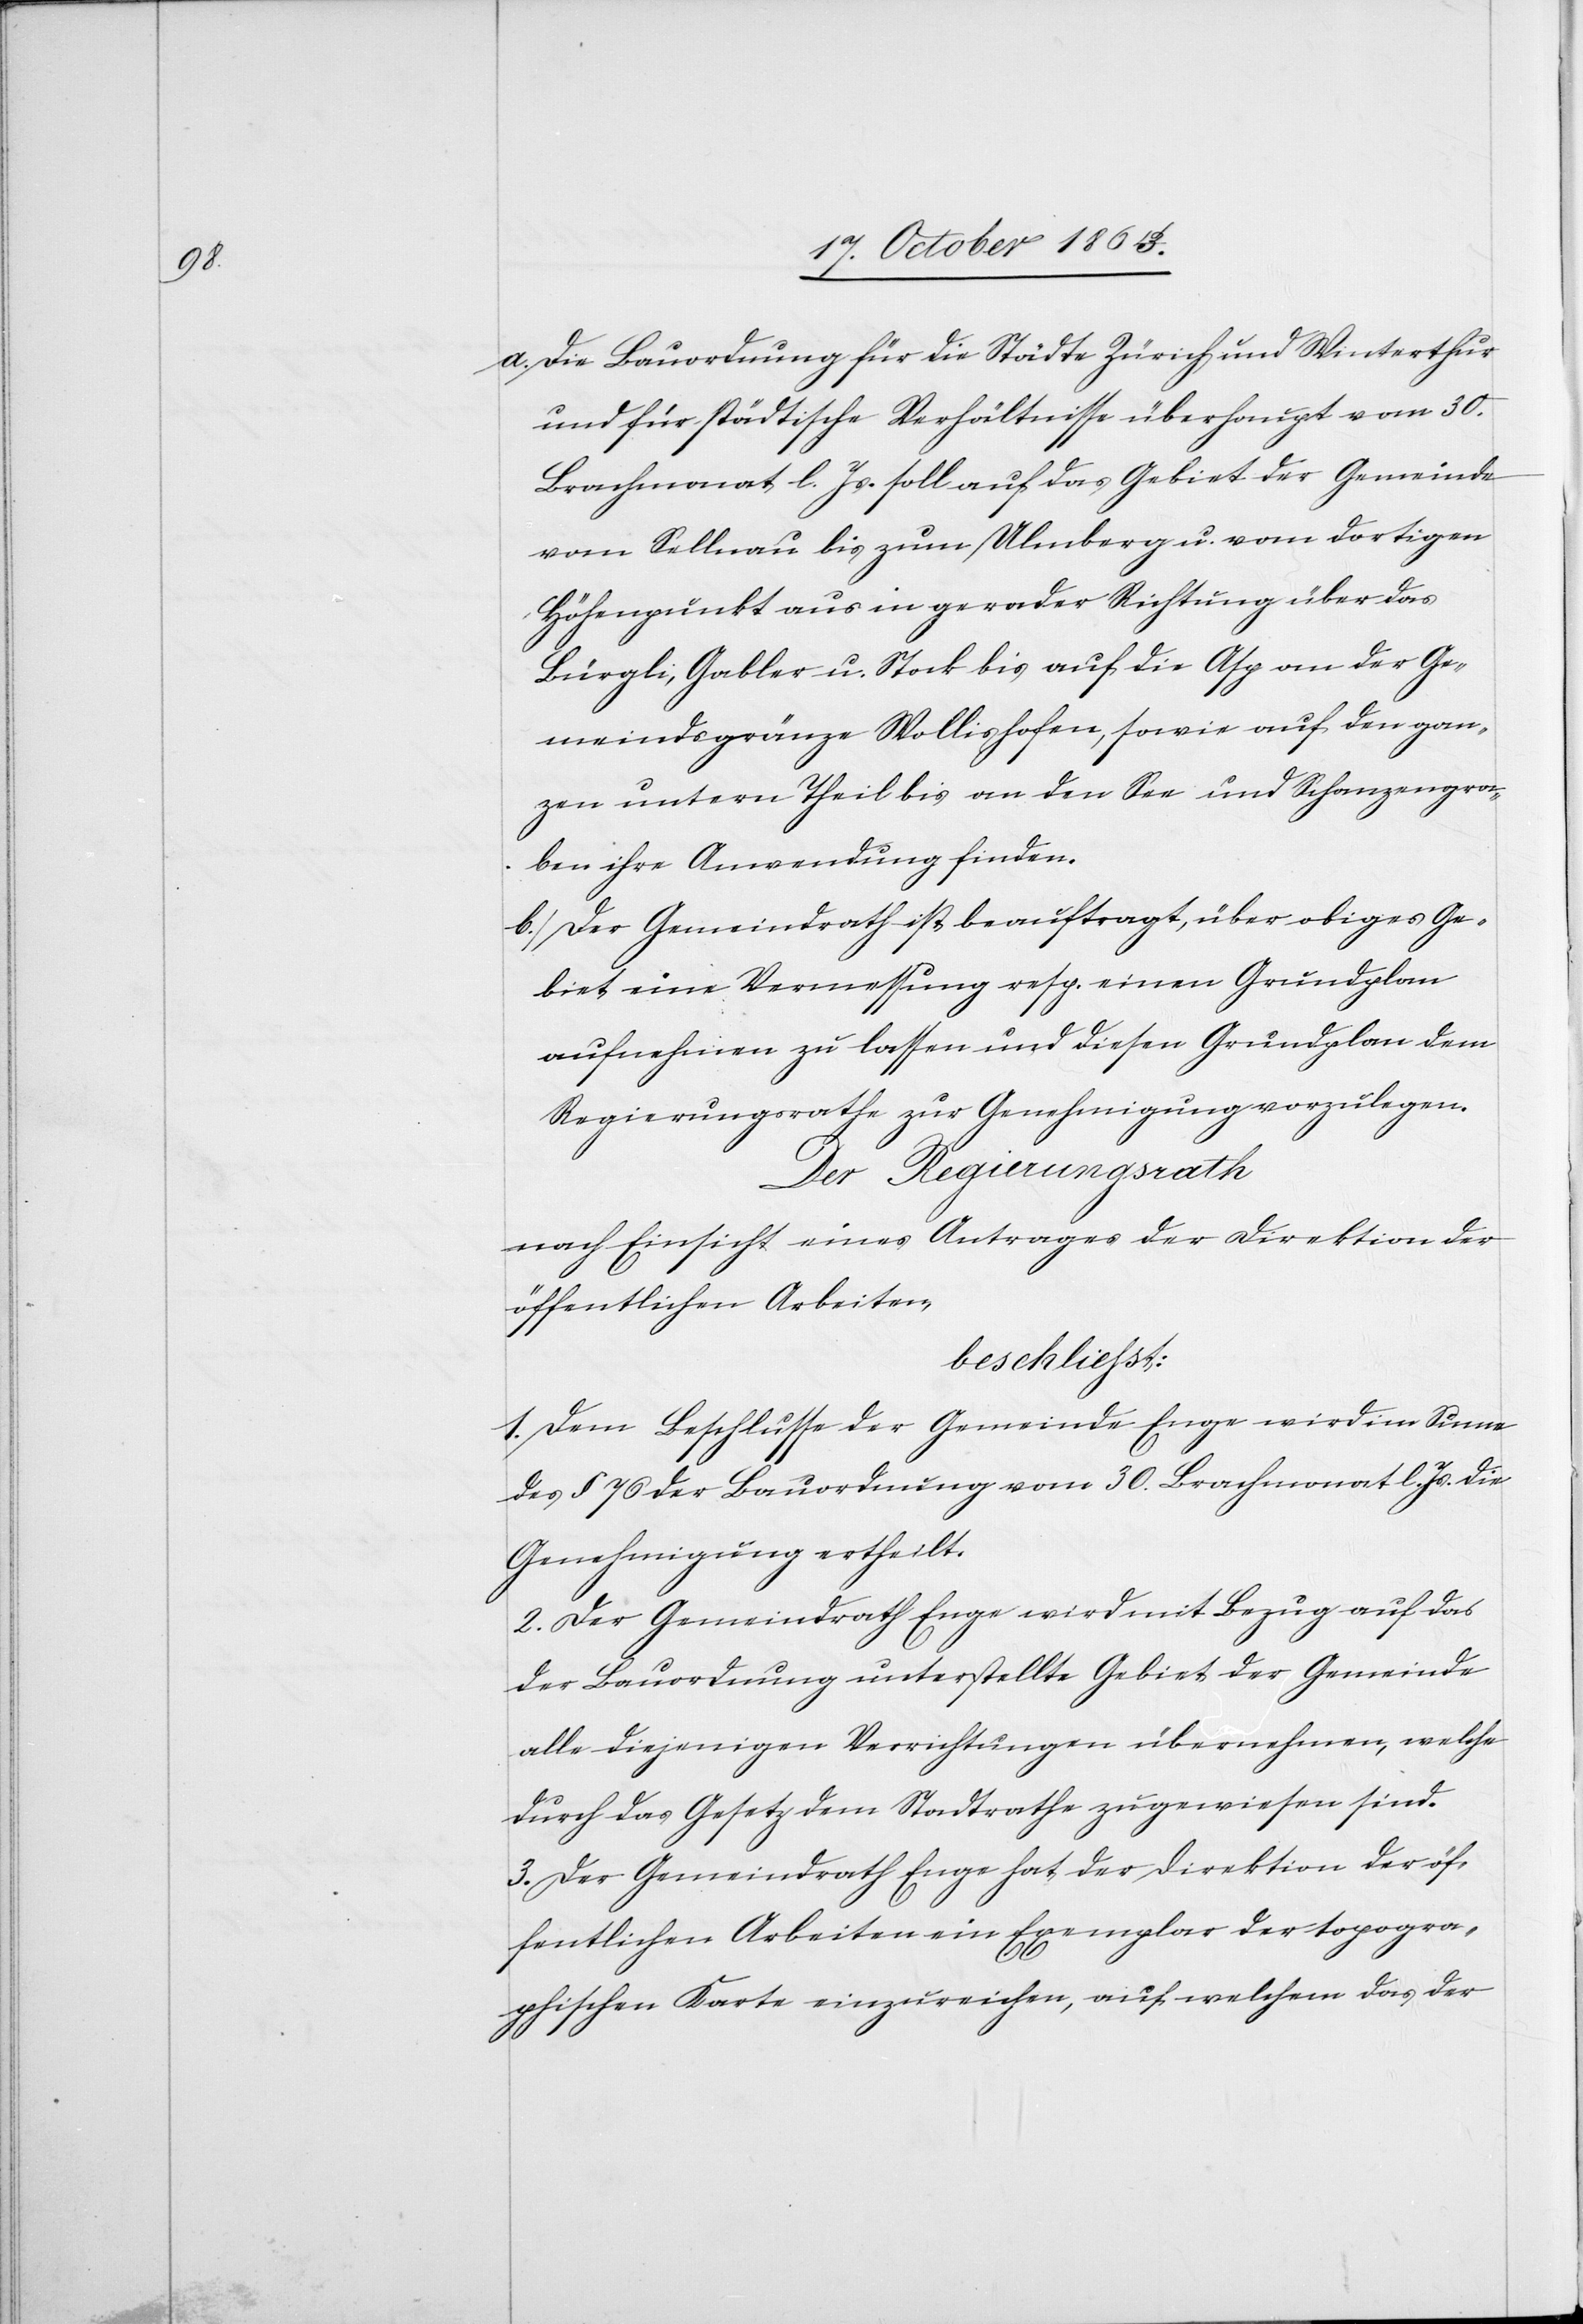
a. Die Bauordnung für die Städte Zürich und Winterthur
und für städtische Verhältnisse überhaupt vom 30.
Brachmonat l. Js. soll auf das Gebiet der Gemeinde
vom Sellnau bis zum Ulmberg u. vom dortigen
Höhenpunkt aus in gerader Richtung über das
Bürgli, Gabler u. Stock bis auf die Asp an der Ge¬
meindsgränze Wollishofen, sowie auf den gan¬
zen untern Theil bis an den See und Schanzengra¬
ben ihre Anwendung finden.
b. Der Gemeindrath ist beauftragt, über obiges Ge¬
biet eine Vermessung resp. einen Grundplan
aufnehmen zu lassen und diesen Grundplan dem
Regierungsrathe zur Genehmigung vorzulegen.
Der Regierungsrath
nach Einsicht eines Antrages der Direktion der
öffentlichen Arbeiten,
beschließt:
1. Dem Beschlusse der Gemeinde Enge wird im Sinne
des § 76 der Bauordnung vom 30. Brachmonat l. Js. die
Genehmigung ertheilt.
2. Der Gemeindrath Enge wird mit Bezug auf das
der Bauordnung unterstellte Gebiet der Gemeinde
alle diejenigen Verrichtungen übernehmen, welche
durch das Gesetz dem Stadtrathe zugewiesen sind.
3. Der Gemeindrath Enge hat der Direktion der öf¬
fentlichen Arbeiten ein Exemplar der topogra¬
phischen Karte einzureichen, auf welchem das der